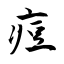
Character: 痘